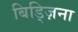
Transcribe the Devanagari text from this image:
बिड्ज़िना